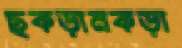
ছকড়ানকড়া